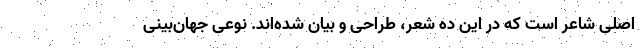
اصلی شاعر است که در این ده شعر، طراحی و بیان شده‌اند. نوعی جهان‌بینی